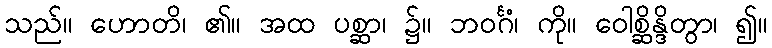
သည်။ ဟောတိ၊ ၏။ အထ ပစ္ဆာ၊ ၌။ ဘဝင်္ဂံ၊ ကို။ ဝေါစ္ဆိန္ဒိတွာ၊ ၍။